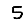
Digit: 5